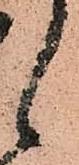
候